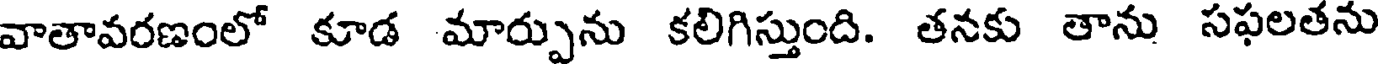
వాతావరణంలో కూడ మార్పును కలిగిస్తుంది. తనకు తాను సఫలతను